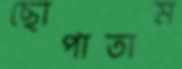
ছোপাতাম